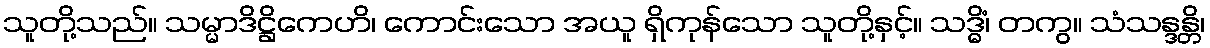
သူတို့သည်။ သမ္မာဒိဋ္ဌိကေဟိ၊ ကောင်းသော အယူ ရှိကုန်သော သူတို့နှင့်။ သဒ္ဓိံ၊ တကွ။ သံသန္ဒန္တိ၊